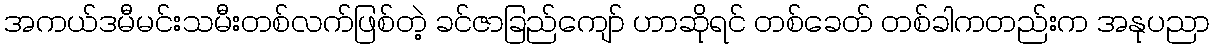
အကယ်ဒမီမင်းသမီးတစ်လက်ဖြစ်တဲ့ ခင်ဇာခြည်ကျော် ဟာဆိုရင် တစ်ခေတ် တစ်ခါကတည်းက အနုပညာ